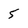
Character: 5